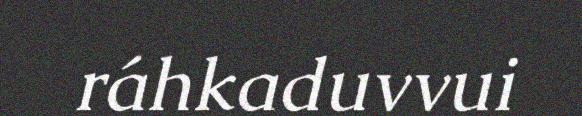
ráhkaduvvui